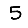
Digit: 5